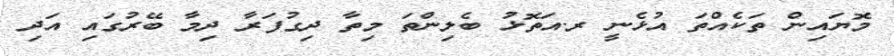
މޮޔައިން ތަކެއްތަ އުޅެނީ ރ.އަތޮޅު ބެލިންތަ މިތާ ދިގުފަރާ ދިމާ ބޭރުގައި އަދި